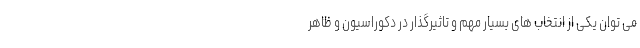
می توان یکی از انتخاب های بسیار مهم و تاثیرگذار در دکوراسیون و ظاهر